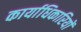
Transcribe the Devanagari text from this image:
कार्याधिकारियों